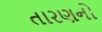
તારણનો